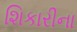
શિકારીના